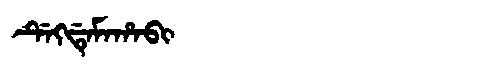
Manchu: ᡩᡝᡴᡩᡝᠮᠠᡥᠠᠪᡳ
Romanization: DEKDEMAHABI